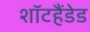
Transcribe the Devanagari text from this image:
शॉटहैंडेड